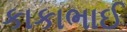
કાકાભાઈ